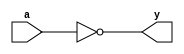
// EEM16 - Logic Design
// 2018_04_13
// Design Assignment #2
// dassign2.v

//
// modules provided for your use
//
module inv(y,a);
   output y;
   input  a;

   assign y=~(a);
endmodule

module and2(y,a,b);
   output y;
   input  a,b;

   assign y=a&b ;
endmodule

module or2(y,a,b);
   output y;
   input  a,b;

   assign y=a|b ;
endmodule

module xor2(y,a,b);
   output y;
   input  a,b;

   assign y=a^b ;
endmodule

module mux21(y, i0, i1, sel);
   output y;
   input  i0, i1,sel;

   //sel = 1 choose i1, otherwise i0)
   assign y = (sel) ? i1 : i0;
endmodule // mux21

//
// Blocks for you to design begins here
//
module sbs(d, bout, x, y, bin);
   output d, bout;
   input  x, y, bin;
  
    
   // d Logic
  
   wire exor;

   xor2 un(exor, x, y);
   xor2 to(d, bin, exor);
   
   // bout Logic
  
   wire xinv;
  
   wire and1;
   wire and2;
   wire and3;
  
   wire ortmp;
  
   inv won(xinv, x);
  
   and2 one(and1, xinv, bin);
   and2 two(and2, xinv, y);
   and2 tre(and3, y, bin);
  
   or2 o(ortmp, and1, and2);
   or2 t(bout, ortmp, and3);
  
endmodule 

module subtract8(d, bout, x, y);
   output [7:0] d;
   output 	bout;
   input [7:0] 	x, y;

   wire 	bin;
   wire [7:0] 	b;

   assign bin = 1'b0;
   assign bout = b[7];
  
   // 
   // Implement the 8-bit subtract function here
   // 
  
   sbs sbs0(d[0], b[0], x[0], y[0], bin);
   sbs sbs1(d[1], b[1], x[1], y[1], b[0]);
   sbs sbs2(d[2], b[2], x[2], y[2], b[1]);
   sbs sbs3(d[3], b[3], x[3], y[3], b[2]);
   sbs sbs4(d[4], b[4], x[4], y[4], b[3]);
   sbs sbs5(d[5], b[5], x[5], y[5], b[4]);
   sbs sbs6(d[6], b[6], x[6], y[6], b[5]);
   sbs sbs7(d[7], b[7], x[7], y[7], b[6]);
  
   assign bout = b[7];

endmodule

module dassign2_1 (q, rout, rin, din);
   output q;
   output [7:0] rout;
   input [7:0] 	rin, din;
   //
   // Instantiate the subtract module
   // 
   wire 	bout;
   wire [7:0] 	dout;

   subtract8 sub8(dout, bout, rin, din);         

   //
   // Implement the rest of the SCS function here
   //
  
   inv outinv(q, bout);
   mux21 mux_1(rout[0], rin[0], dout[0], q);
   mux21 mux_2(rout[1], rin[1], dout[1], q);
   mux21 mux_3(rout[2], rin[2], dout[2], q);
   mux21 mux_4(rout[3], rin[3], dout[3], q);
   mux21 mux_5(rout[4], rin[4], dout[4], q);
   mux21 mux_6(rout[5], rin[5], dout[5], q);
   mux21 mux_7(rout[6], rin[6], dout[6], q);
   mux21 mux_8(rout[7], rin[7], dout[7], q);

endmodule

module dassign2_2 (motor_drv, done, forw, rev, reset, drv_clk);
   output [3:0] motor_drv;
   output 	done;
   input 	forw, rev, reset, drv_clk;

   //
   // Parameters declaration for State Bits (An example)
   //
   parameter STATE_BITS = 2;
   parameter S0_ST = 2'b00;
   parameter S1_ST = 2'b01;
   parameter S2_ST = 2'b10;
   parameter S3_ST = 2'b11;

   reg [STATE_BITS-1:0] state, nx_state;
   reg 			done;
   reg [3:0] 		motor_drv;

   //
   // Storage elements for the state bits (You should not change)
   //
   always @(posedge drv_clk) begin
      state <= nx_state;
   end

   always @(state or forw or rev or reset) begin
     if (reset) begin
       state = S0_ST;
       motor_drv = 4'b0000;
     end
     
     // Foward Motor Input
     
     else if(forw) begin
       
       case(state)
         
         S0_ST:begin
           nx_state = S1_ST;
           motor_drv = 4'b0001;
         end
         
         S1_ST:begin
           nx_state = S2_ST;
           motor_drv = 4'b0010;
         end
         
         S2_ST:begin
           nx_state = S3_ST;
           motor_drv = 4'b0100;
         end
         
         S3_ST:begin
           nx_state = S0_ST;
           motor_drv = 4'b1000;
         end
         
       endcase
       
     end
     
     // Reverse Motor Input
     
     else if(rev) begin
       
       case(state)
         
         S0_ST:begin
           nx_state = S3_ST;
           motor_drv = 4'b0001;
         end
         
         S1_ST:begin
           nx_state = S0_ST;
           motor_drv = 4'b0010;
         end
         
         S2_ST:begin
           nx_state = S1_ST;
           motor_drv = 4'b0100;
         end
         
         S3_ST:begin
           nx_state = S2_ST;
           motor_drv = 4'b1000;
         end
         
       endcase
       
     end
     
     // Reset Input
     
     else begin
       
       nx_state = state;
       motor_drv = 4'b0000; 
       
     end
     
     done = (motor_drv == 4'b0001);
       
   end // always @ (state or forw or rev or reset)
endmodule // dassign2_2